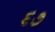
૬૭